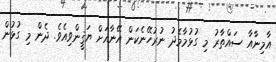
އާމިނާއާ ސައްތާރު މި ގުޅުމާމެދު ނުރުހޭނެކަން އޭނާއަށް ޔަޤީންވިއެވެ. ދެން މި ގުޅުން